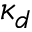
\kappa _ { d }